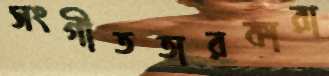
সংগীততারকারা